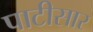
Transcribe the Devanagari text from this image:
पाटीसार